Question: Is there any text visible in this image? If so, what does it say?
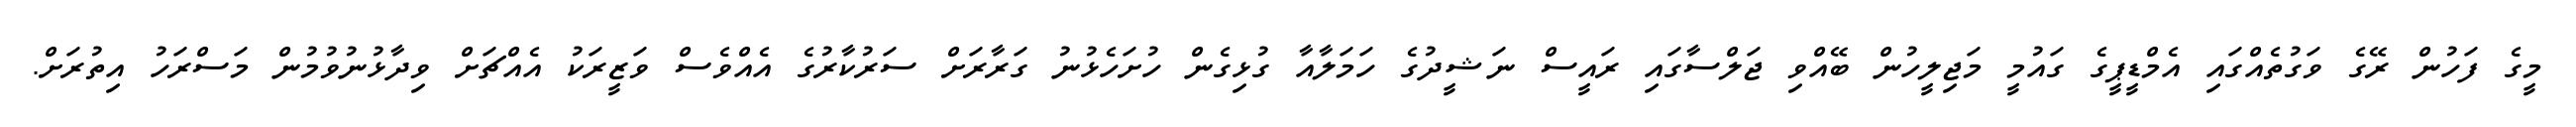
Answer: މީގެ ފަހުން ރޭގެ ވަގުތެއްގައި އެމްޑީޕީގެ ގައުމީ މަޖިލީހުން ބޭއްވި ޖަލްސާގައި ރައީސް ނަޝީދުގެ ހަމަލާއާ ގުޅިގެން ހުށަހެޅުނު ގަރާރަށް ސަރުކާރުގެ އެއްވެސް ވަޒީރަކު އެއްޗަށް ވިދާޅުނުވުމުން މަސްރަހު އިތުރަށް.